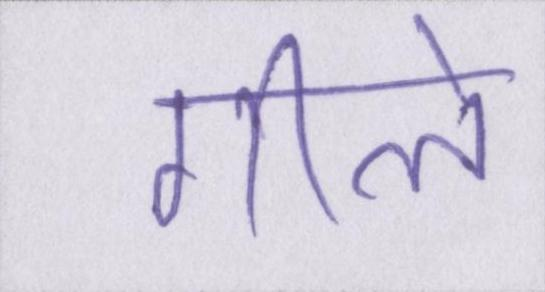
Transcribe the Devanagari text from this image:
गीले